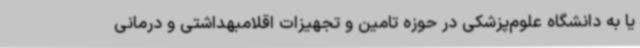
یا به دانشگاه علوم‌پزشکی در حوزه تامین و تجهیزات اقلامبهداشتی و درمانی